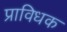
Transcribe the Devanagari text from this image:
प्राविधक